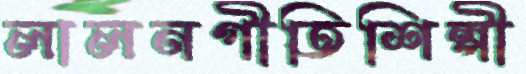
লালনগীতিশিল্পী